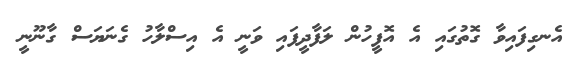
އެނގިފައިވާ ގޮތުގައި އެ އޮފީހުން ލަފާދީފައި ވަނީ އެ އިސްލާހު ގެނަޔަސް ގާނޫނީ